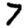
Digit: 7